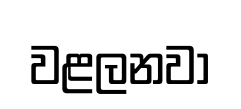
වළලනවා